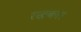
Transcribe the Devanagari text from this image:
रखकार